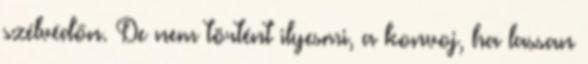
szélvédőn. De nem történt ilyesmi, a konvoj, ha lassan